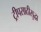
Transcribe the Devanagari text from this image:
ट्रीपसाठीसुद्धा